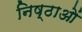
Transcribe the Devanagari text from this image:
निष्ठाओं